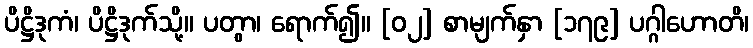
ပိဋ္ဌိဒုကံ၊ ပိဋ္ဌိဒုက်သို့။ ပတွာ၊ ရောက်၍။ [၀၂] စာမျက်နှာ [၁၇၉] ပဂ္ဂါဟောတိ၊